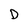
Character: D